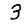
Digit: 3